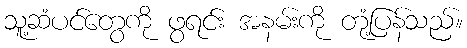
သူ့ဆံပင်တွေကို ဖွရင်း အနမ်းကို တုံ့ပြန်သည်။